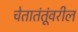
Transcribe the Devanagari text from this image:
चेतातंतूंवरील